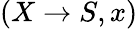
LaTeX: (X\to S,x)